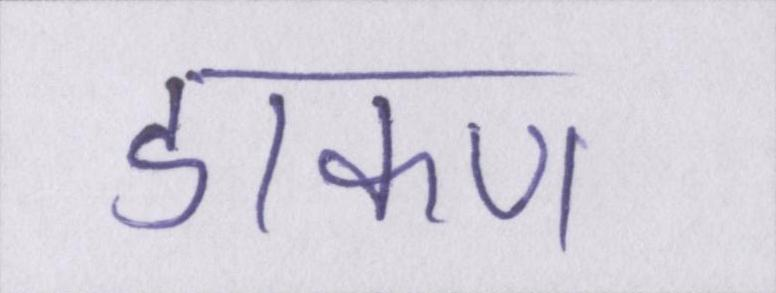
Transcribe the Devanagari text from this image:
डाकण